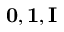
\mathbf { 0 } , \mathbf { 1 } , \mathbf { I }